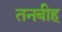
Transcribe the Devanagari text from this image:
तनबीह